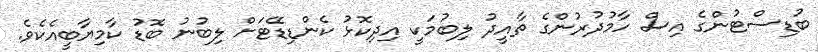
ބުޑިސްޓުންގެ އިސް ހާމުދުރުންގެ ތާއީދު ލިބުމަކީ އިދިކޮޅު ކެންޑިޑޭޓަށް ލިބުނު ބޮޑު ކާމިޔާބީއެކެވެ.